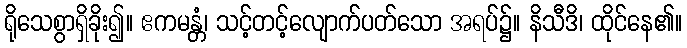
ရိုသေစွာရှိခိုး၍။ ဧကမန္တံ၊ သင့်တင့်လျောက်ပတ်သော အရပ်၌။ နိသီဒိ၊ ထိုင်နေ၏။